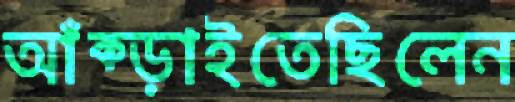
আঁক্‌ড়াইতেছিলেন